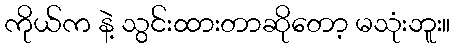
ကိုယ်က နဲ့ သွင်းထားတာဆိုတော့ မသုံးဘူး။